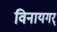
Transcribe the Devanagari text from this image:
विनायगर्